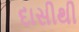
દાસીથી